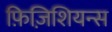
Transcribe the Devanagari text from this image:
फ़िज़िशियन्स